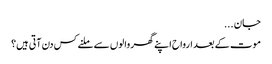
جان ...
موت کے بعد ارواح اپنے گھر والوں سے ملنے کس دن آتی ہیں؟